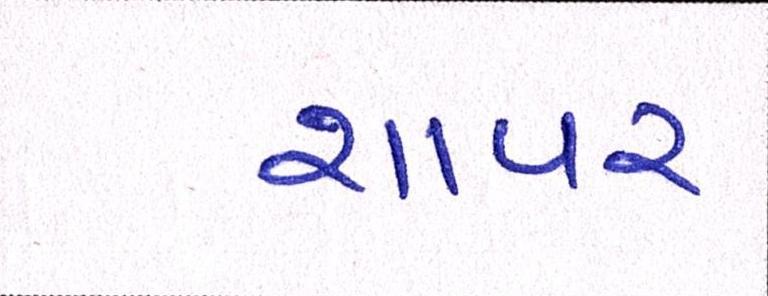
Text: શાપર